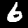
Label: 6